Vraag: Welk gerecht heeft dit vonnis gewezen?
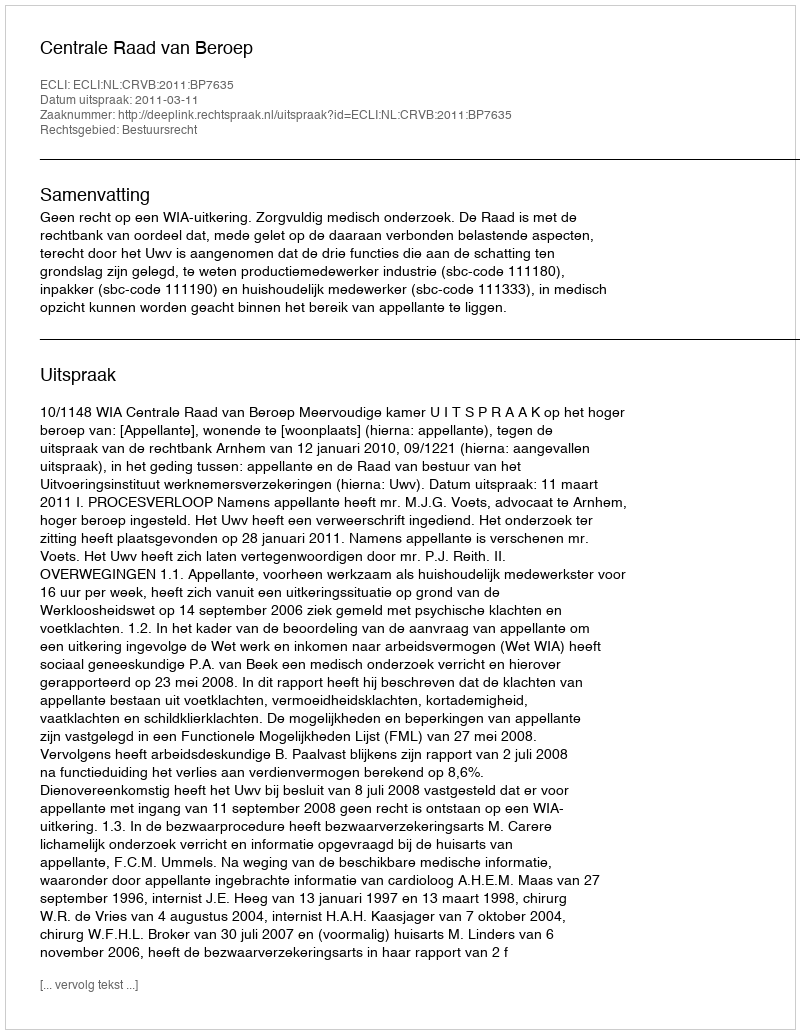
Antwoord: Centrale Raad van Beroep